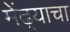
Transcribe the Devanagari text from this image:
मेंढ्याचा